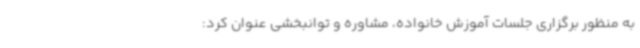
به منظور برگزاری جلسات آموزش خانواده، مشاوره و توانبخشی عنوان کرد: